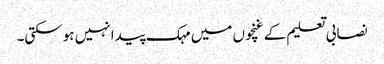
نصابی تعلیم کے غنچوں میں مہک پیدا نہیں ہوسکتی۔